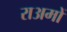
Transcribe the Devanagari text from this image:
राअमों